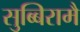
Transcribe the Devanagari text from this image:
सुब्बिरामै